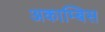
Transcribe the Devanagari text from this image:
अकाम्बिस